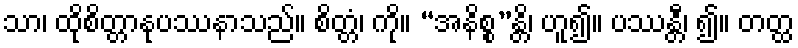
သာ၊ ထိုစိတ္တာနုပဿနာသည်။ စိတ္တံ၊ ကို။ “အနိစ္စ”န္တိ၊ ဟူ၍။ ပဿန္တီ၊ ၍။ တတ္ထ